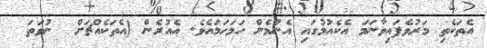
އެތަކެތި މަރުވެފައިވާނަމަ އެކެއުމުގައި އެންމެން ހަމަހަމައެވެ. އެއުރެން (އެތަކެއްޗަށް  ނުވަތަ